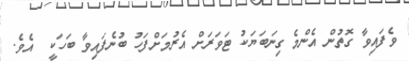
ވެފައިވާ ގޮތުން އެންމެ ގިނަބަޔަކު ޓަވަރަށް އެރުމަށްފަހު ބުނެފައިވާ ބަހަކީ  އެވެ.